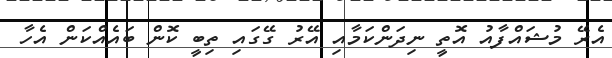
އެރޭ މުޝައްފާއު އޮތީ ނިދަންކަމާއި އޭރު ގޭގައި ތިބީ ކޮން ބައެއްކަން އެހާ